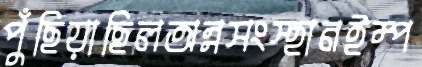
পুঁছিয়াছিলঅন্নসংস্হানইম্প